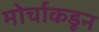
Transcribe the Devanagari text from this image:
मोर्चाकडून